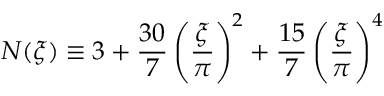
N ( \xi ) \equiv 3 + \frac { 3 0 } { 7 } \left( \frac { \xi } { \pi } \right) ^ { 2 } + \frac { 1 5 } { 7 } \left( \frac { \xi } { \pi } \right) ^ { 4 }